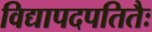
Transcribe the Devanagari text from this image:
विद्यापदपतितैः